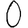
Digit: 0